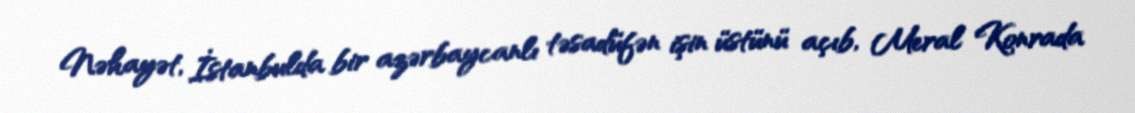
Nəhayət, İstanbulda bir azərbaycanlı təsadüfən işin üstünü açıb, Meral Konrada